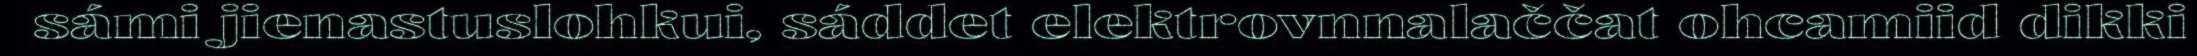
sámi jienastuslohkui, sáddet elektrovnnalaččat ohcamiid dikki